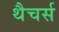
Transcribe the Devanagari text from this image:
थैचर्स